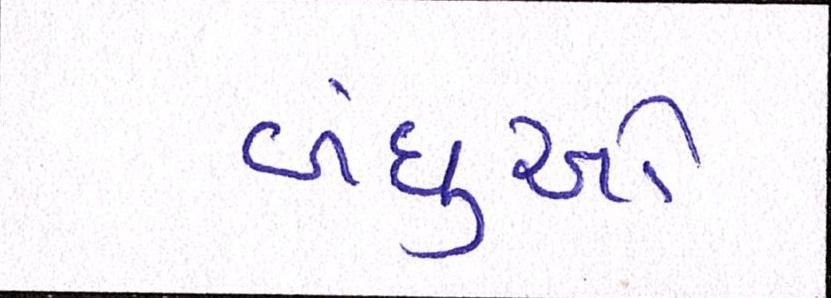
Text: બંધુઓ